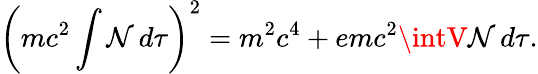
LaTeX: \left(mc^{2}\int\mathcal{N}\, d\tau\right)^{2}=m^{2}c^{4}+emc^{2}\intV\mathcal{N}\, d\tau.